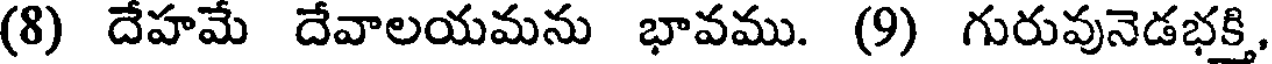
(8) దేహమే దేవాలయమను భావము. (9) గురువునెడభక్తి,